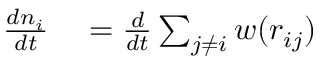
\begin{array} { r l } { \frac { d n _ { i } } { d t } } & { { } = \frac { d } { d t } \sum _ { j \neq i } w ( r _ { i j } ) } \end{array}